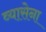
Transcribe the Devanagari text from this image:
व्यासेना